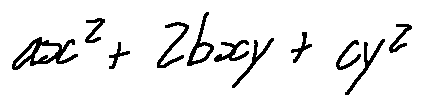
a x ^ { 2 } + 2 b x y + c y ^ { 2 }